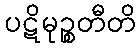
ပဋိမုဉ္စတီတိ